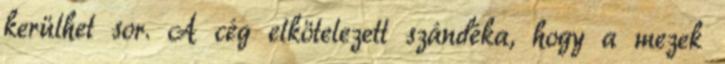
kerülhet sor. A cég elkötelezett szándéka, hogy a mezek